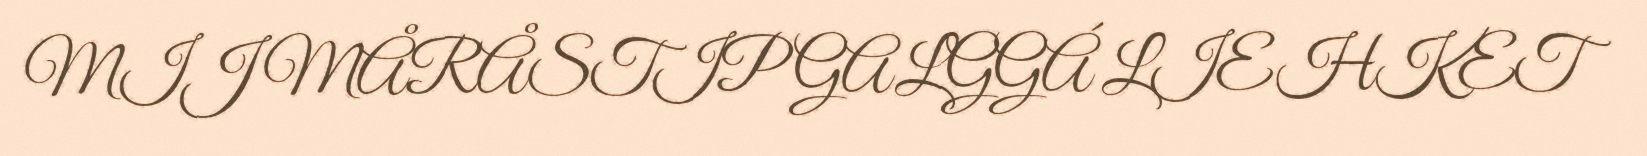
MIJ MÅRÅSTIP GALGGÁ LIEHKET